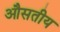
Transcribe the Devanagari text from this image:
औसतीय